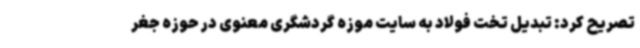
تصریح کرد: تبدیل تخت فولاد به سایت موزه گردشگری معنوی در حوزه جغر